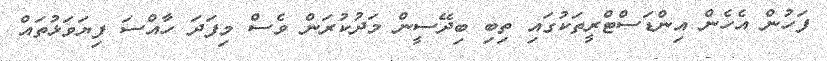
ފަހުން އެހެން އިންޑަސްޓްރީތަކުގައި ތިބި ބިދޭސީން މަދުކުރަން ވެސް މިފަދަ ހާއްސަ ފިޔަވަޅުތައް